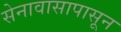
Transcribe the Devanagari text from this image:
सेनावासापासून